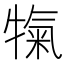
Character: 犔